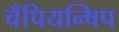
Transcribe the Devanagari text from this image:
चँपियन्षिप